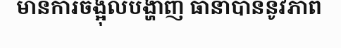
មានការចង្អុលបង្ហាញ ធានាបាននូវភាព